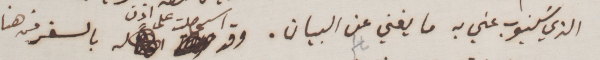
الذي سَينوب عني به ما يغني عن البيان. وقد اسحصلت على اذن بالسفر من هنا